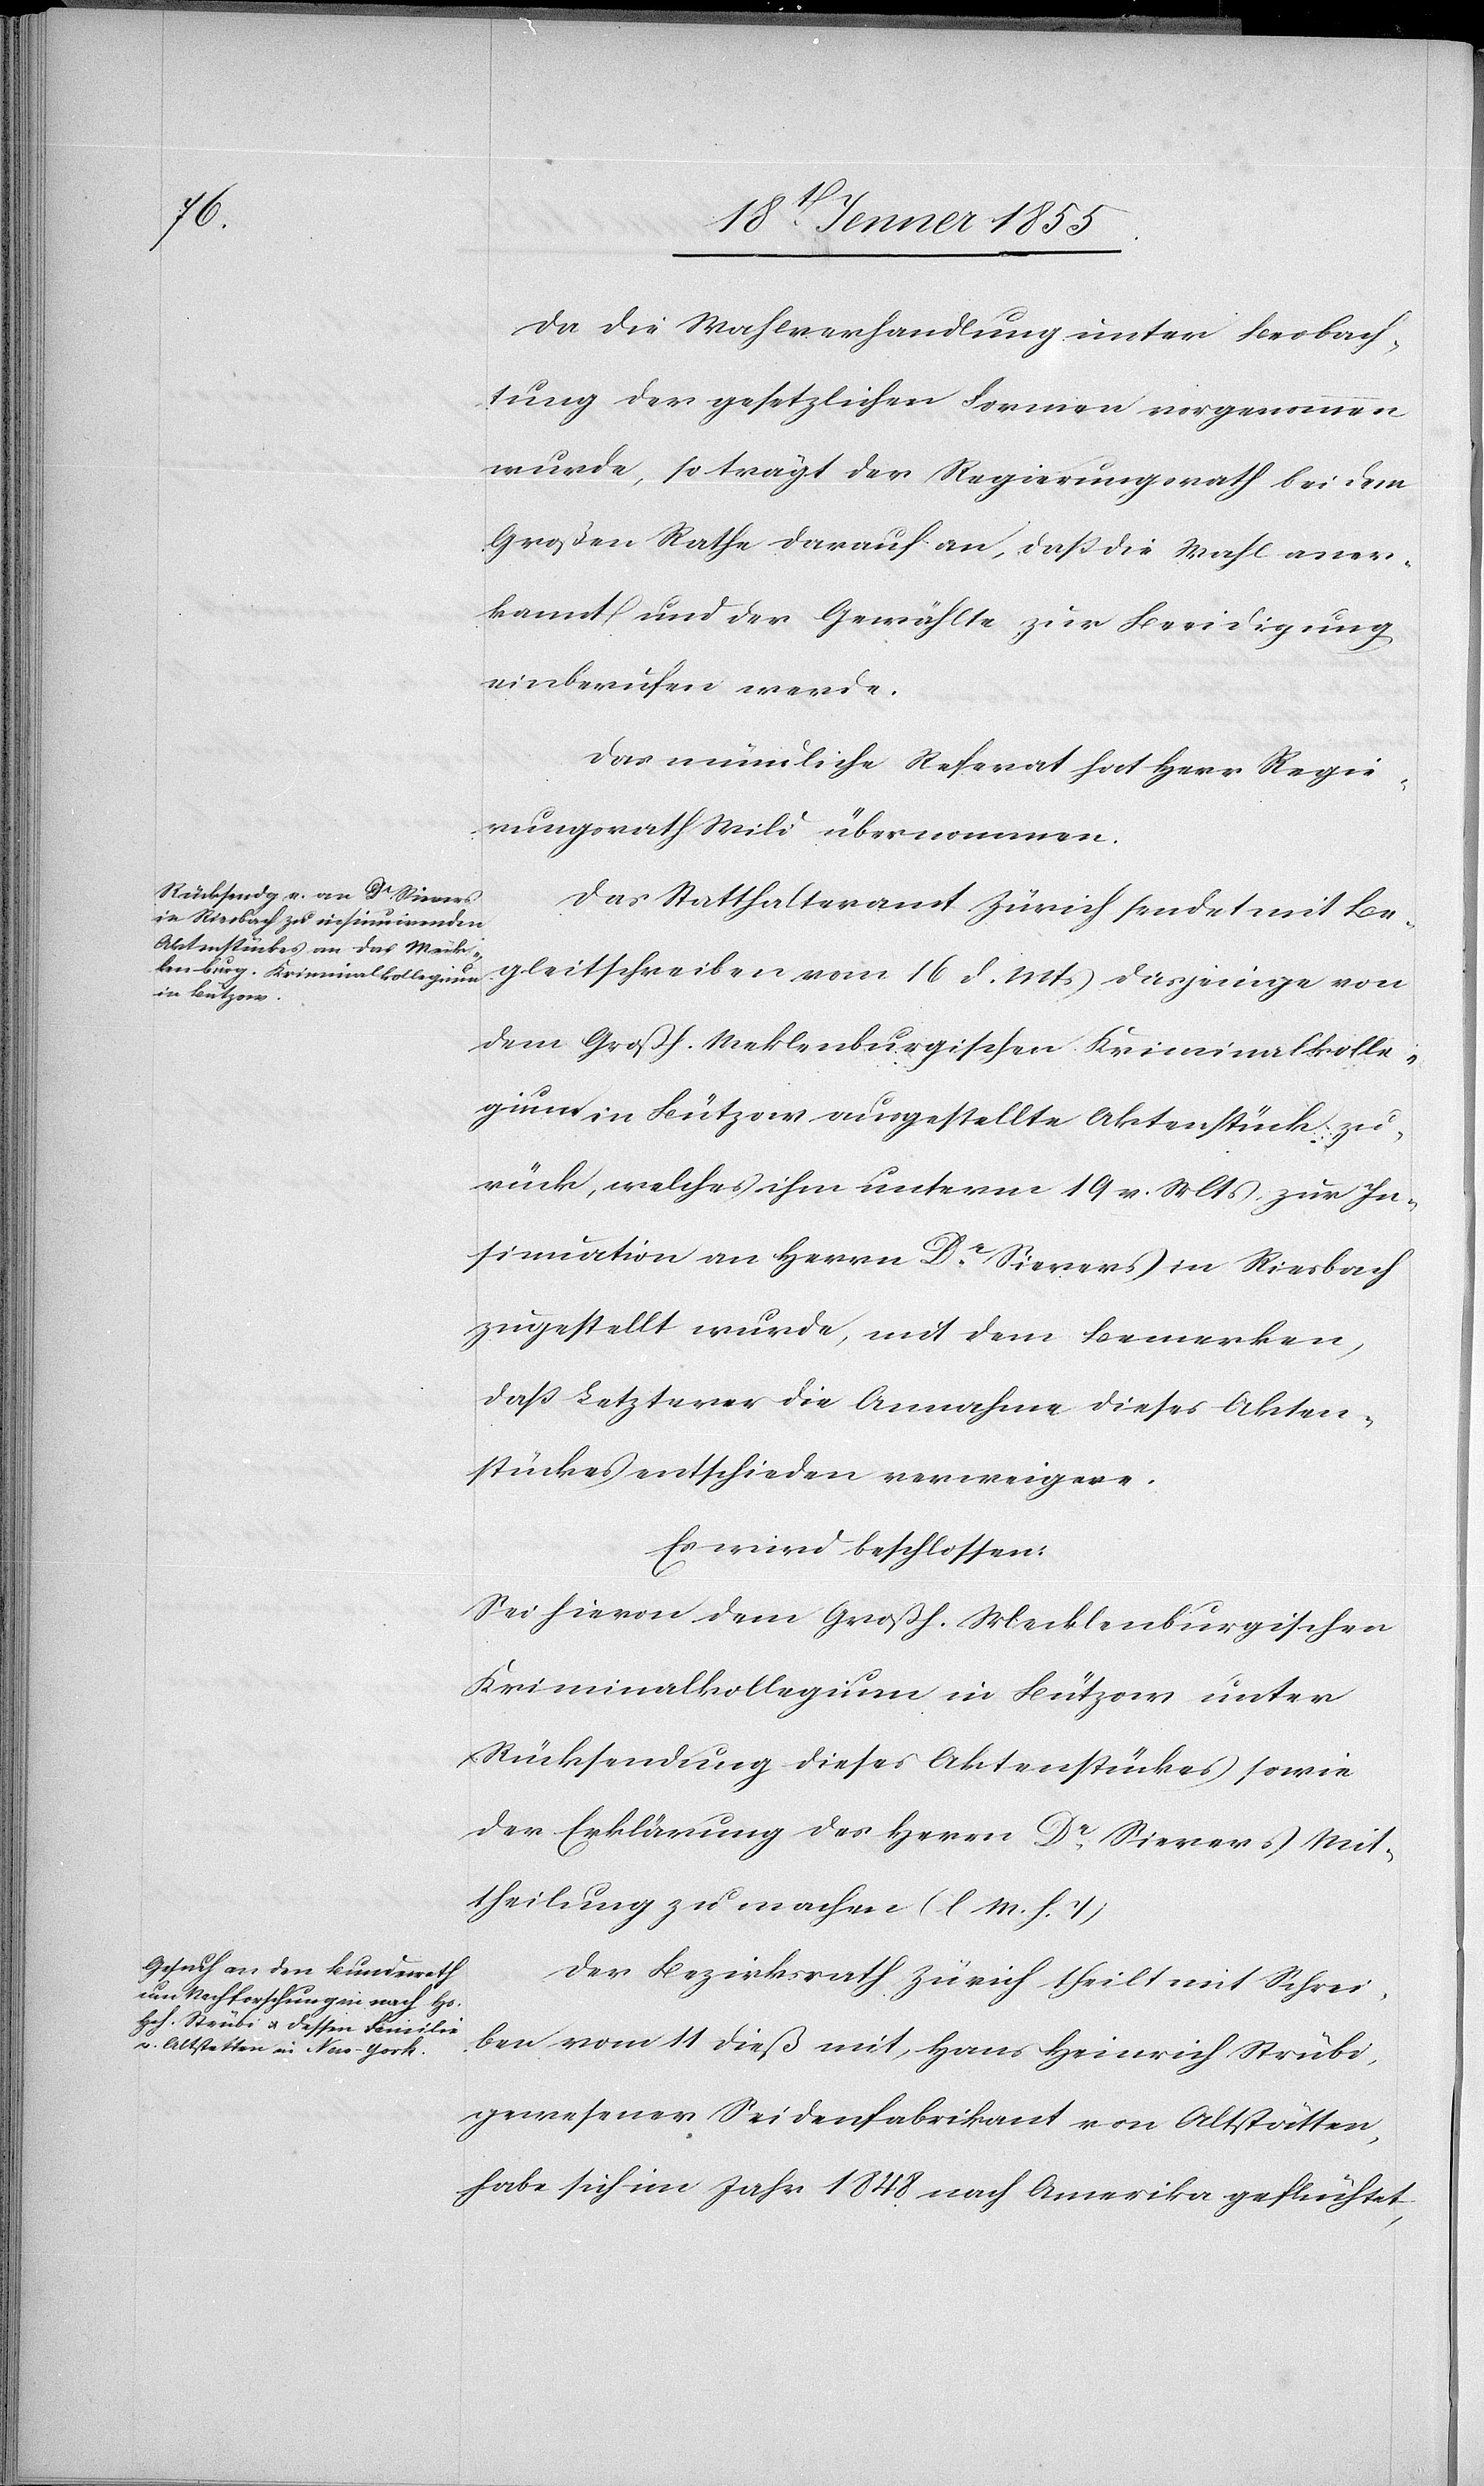
Da die Wahlverhandlung unter Beobach¬
tung der gesetzlichen Formen vorgenommen
wurde, so trägt der Regierungsrath bei dem
Großen Rathe darauf an, daß die Wahl aner¬
kannt und der Gewählte zur Beeidigung
einberufen werde.
Das mündliche Referat hat Herr Regie¬
rungsrath Wild übernommen.
Das Statthalteramt Zürich sendet mit Be¬
gleitschreiben vom 16 d. Mts dasjenige von
dem Großh. Meklenburgischen Kriminalkolle¬
gium in Bützow ausgestellte Aktenstück zu¬
rück, welches ihm unterm 19 v. Mts zur In¬
sinuation an Herrn Dr. Sierers in Riesbach
zugestellt wurde, mit dem Bemerken,
daß Letzterer die Annahme dieses Akten¬
stückes entschieden verweigere.
Es wird beschlossen:
Sei hievon dem Großh. Mecklenburgischen
Kriminalkollegium in Bützow unter
Rücksendung dieses Aktenstückes sowie
der Erklärung des Herrn Dr. Sierers Mit¬
theilung zu machen (l M. h. T)[.]
Der Bezirksrath Zürich theilt mit Schrei¬
ben vom 11 dieß mit, Hans Heinrich Strübi,
gewesener Seidenfabrikant von Altstätten,
habe sich im Jahr 1848 nach Amerika geflüchtet,